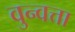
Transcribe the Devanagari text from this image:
वुन्वत्ता